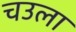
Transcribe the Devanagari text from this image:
चउला